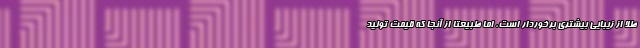
طلا از زیبایی بیشتری برخوردار است، اما طبیعتا از آنجا که قیمت تولید